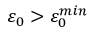
\varepsilon _ { 0 } > \varepsilon _ { 0 } ^ { m i n }